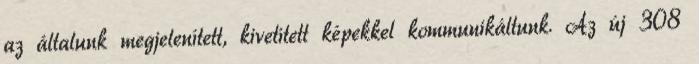
az általunk megjelenített, kivetített képekkel kommunikáltunk. Az új 308